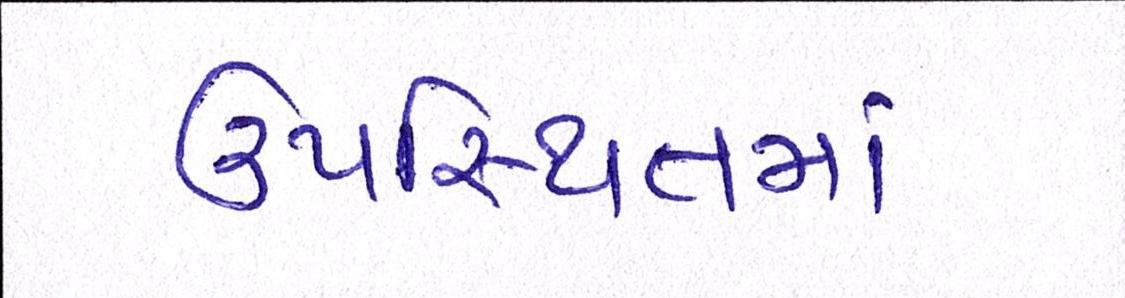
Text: ઉપસ્થિતમાં